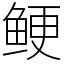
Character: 鲠